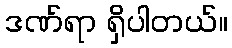
ဒဏ်ရာ ရှိပါတယ်။